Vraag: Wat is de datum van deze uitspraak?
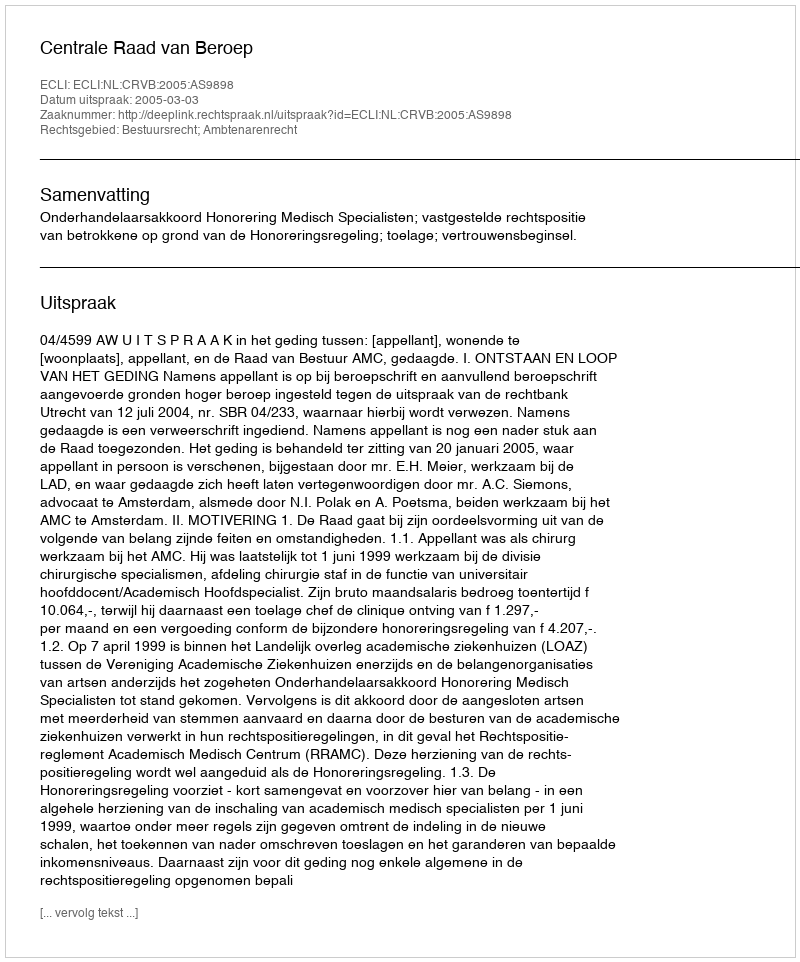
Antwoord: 2005-03-03